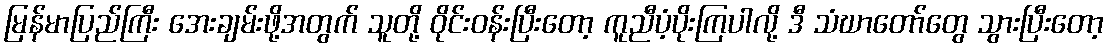
မြန်မာပြည်ကြီး အေးချမ်းဖို့အတွက် သူတို့ ဝိုင်းဝန်းပြီးတော့ ကူညီပံ့ပိုးကြပါလို့ ဒီ သံဃာတော်တွေ သွားပြီးတော့